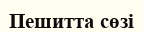
Пешитта сөзі